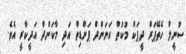
ސުނީލް ހެތޭޕަރް ދީޕަކް މުކުތް އަނަންދް ޕަންޑިތް އަދި މާކަންދް އަދީކާރީ އެވެ.